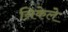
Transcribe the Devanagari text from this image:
निकेले